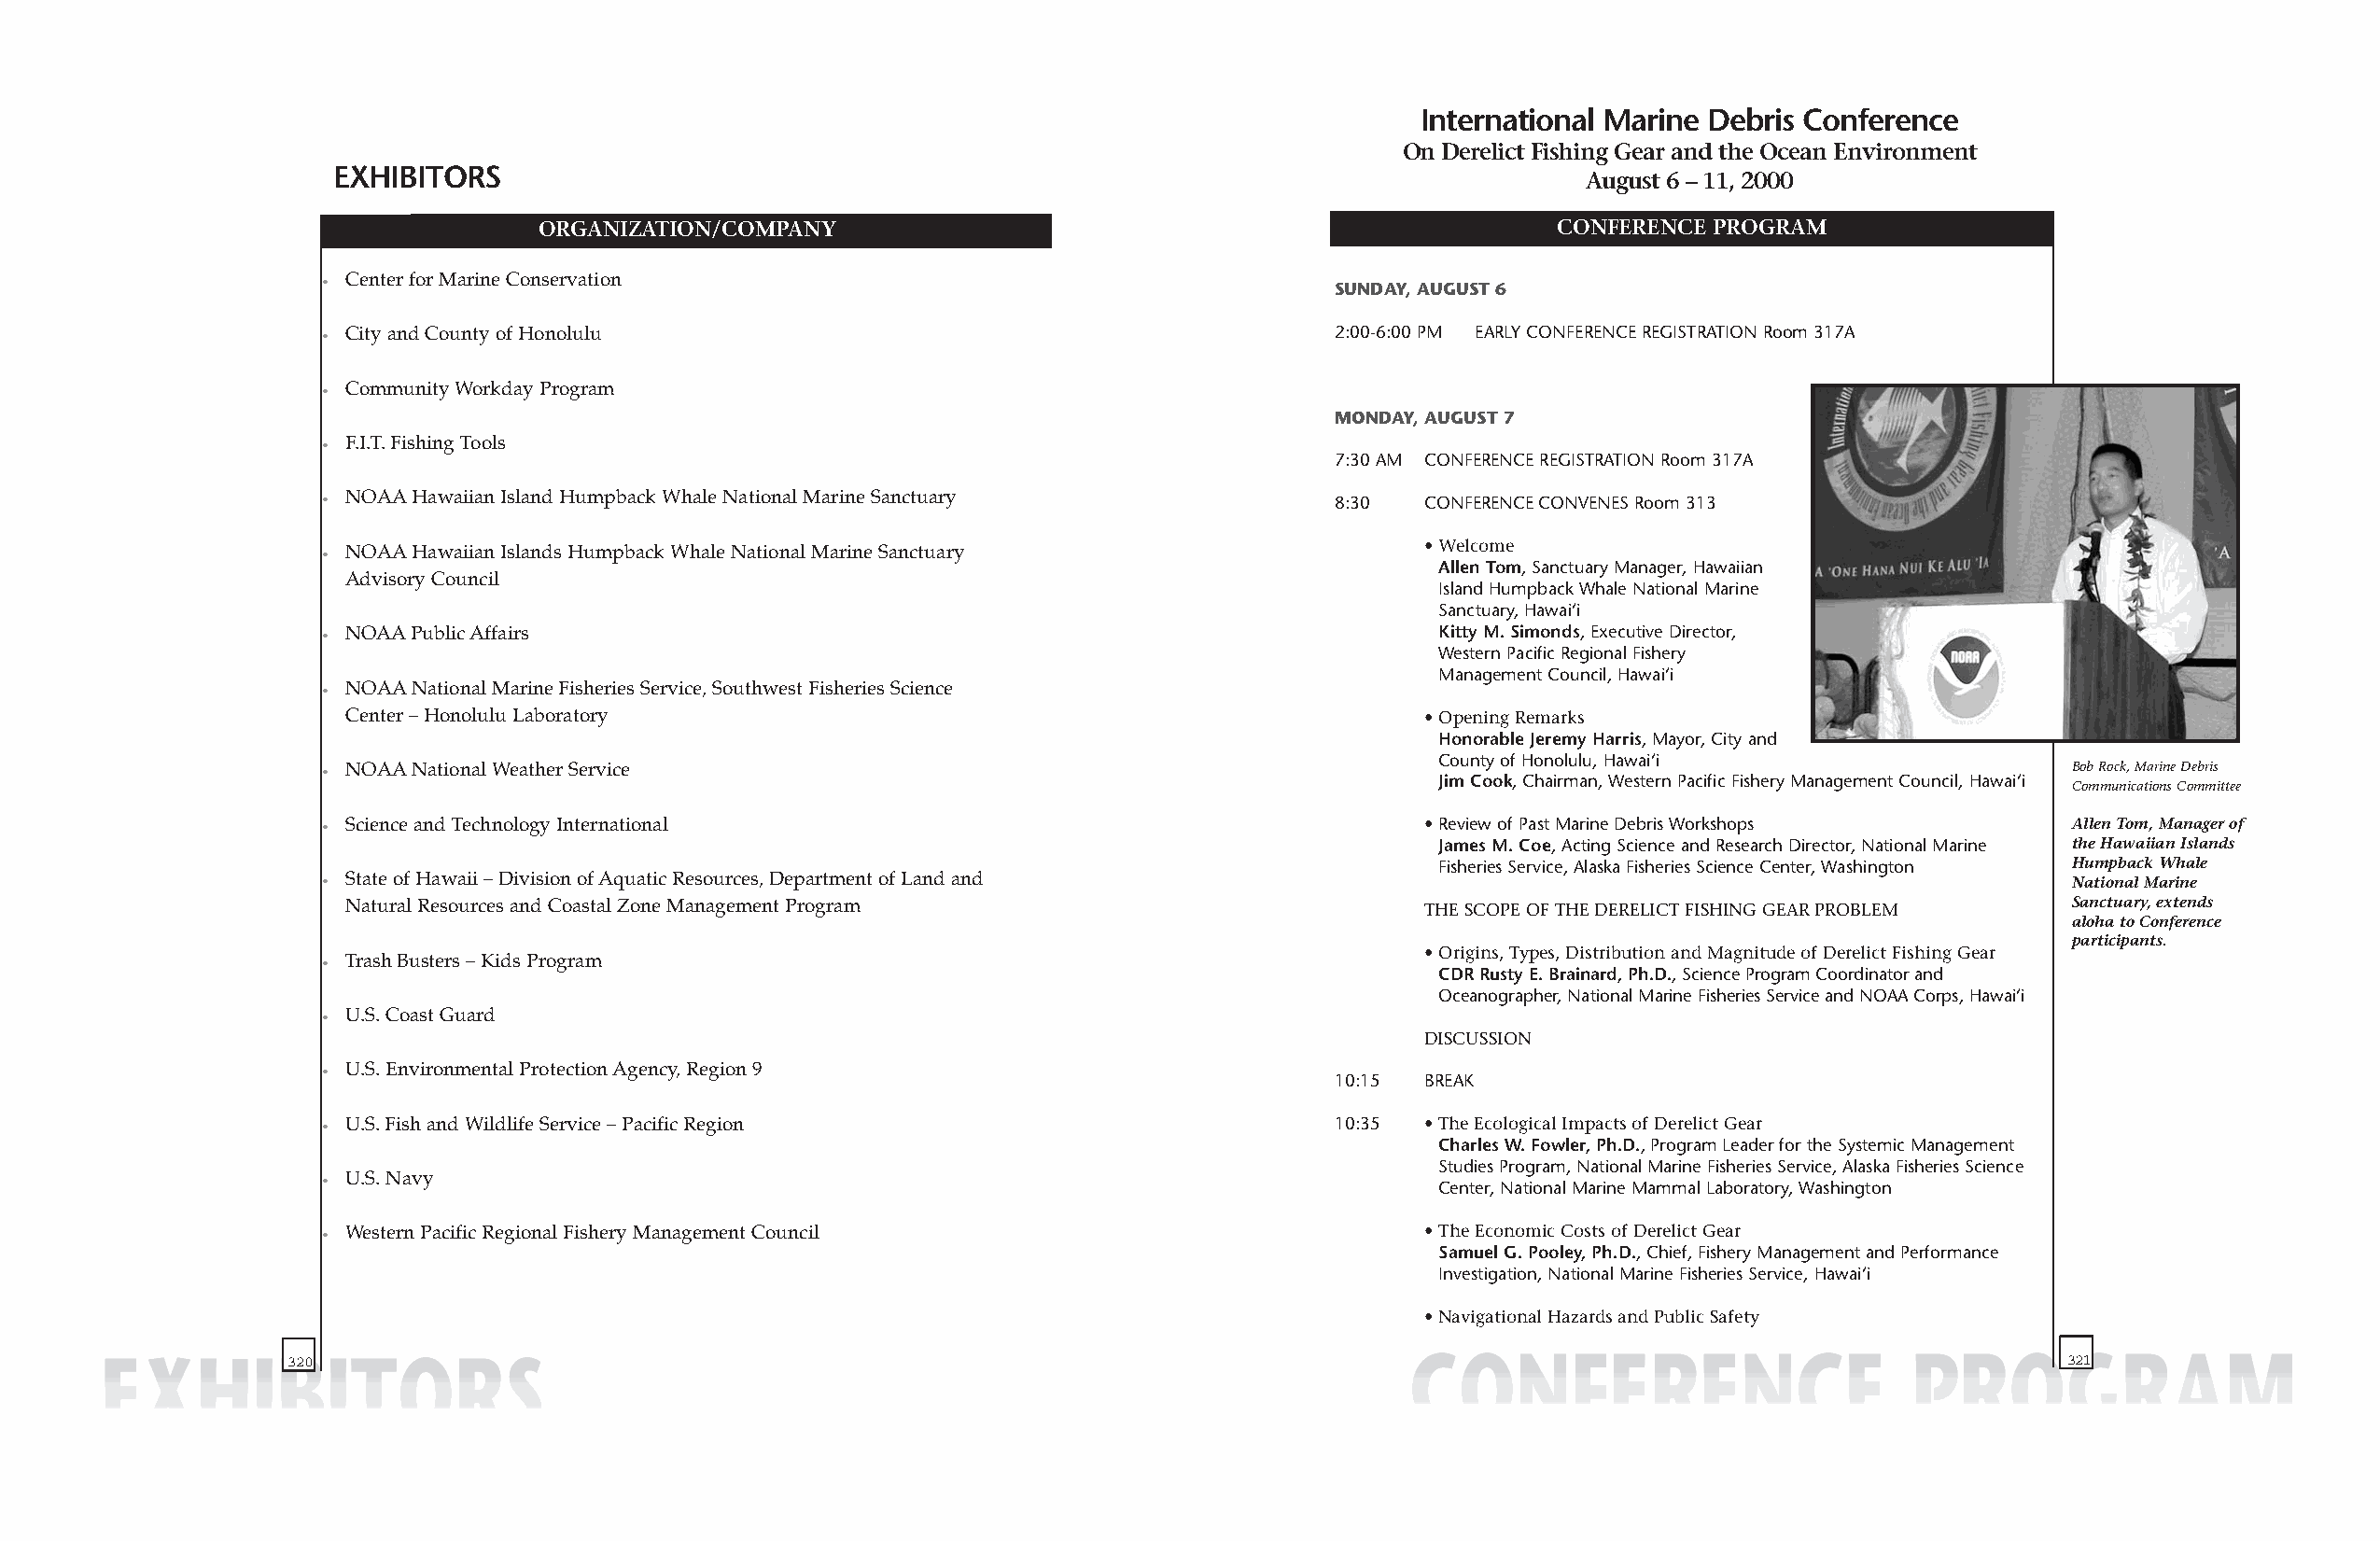
International Marine Debris Conference
 On Derelict Fishing Gear and the Ocean Environment
 EXHIBITORS
 August 6 – 11, 2000
 ORGANIZATION/COMPANY                                                    CONFERENCE  PROGRAM
 • Center for Marine Conservation
 SUNDAY, AUGUST 6
 • City and County of Honolulu                                           2:00-6:00 PM EARLY CONFERENCE REGISTRATION Room 317A
 • Community Workday Program
 MONDAY, AUGUST 7
 • F.I.T. Fishing Tools
 7:30 AM CONFERENCE REGISTRATION Room 317A
 • NOAAHawaiian Island Humpback Whale National Marine Sanctuary          8:30  CONFERENCE CONVENES Room 313
 • NOAAHawaiian Islands Humpback Whale National Marine Sanctuary               • Welcome
 Allen Tom, Sanctuary Manager, Hawaiian
 Advisory Council
 Island Humpback Whale National Marine
 Sanctuary, Hawai‘i
 • NOAAPublic Affairs                                                           Kitty M. Simonds, Executive Director,
 Western Pacific Regional Fishery
 Management Council, Hawai‘i
 • NOAANational Marine Fisheries Service, Southwest Fisheries Science
 Center – Honolulu Laboratory                                                • Opening Remarks
 Honorable Jeremy Harris, Mayor, City and
 County of Honolulu, Hawai‘i
 • NOAANational Weather Service                                                                                              Bob Rock, Marine Debris
 Jim Cook, Chairman, Western Pacific Fishery Management Council, Hawai‘i
 Communications Committee
 • Science and Technology International                                        • Review of Past Marine Debris Workshops      Allen Tom, Manager of
 James M. Coe, Acting Science and Research Director, National Marine the Hawaiian Islands
 Fisheries Service, Alaska Fisheries Science Center, Washington Humpback Whale
 • State of Hawaii – Division of Aquatic Resources, Department of Land and                                                   National Marine
 Natural Resources and Coastal Zone Management Program                       THE SCOPE OF THE DERELICT FISHING GEAR PROBLEM Sanctuary, extends
 aloha to Conference
 participants.
 • Origins, Types, Distribution and Magnitude of Derelict Fishing Gear
 • Trash Busters – Kids Program
 CDR Rusty E. Brainard, Ph.D., Science Program Coordinator and
 Oceanographer, National Marine Fisheries Service and NOAA Corps, Hawai‘i
 • U.S. Coast Guard
 DISCUSSION
 • U.S. Environmental Protection Agency, Region 9
 10:15 BREAK
 • U.S. Fish and Wildlife Service – Pacific Region                       10:35 • The Ecological Impacts of Derelict Gear
 Charles W. Fowler, Ph.D., Program Leader for the Systemic Management
 Studies Program, National Marine Fisheries Service, Alaska Fisheries Science
 • U.S. Navy
 Center, National Marine Mammal Laboratory, Washington
 • Western Pacific Regional Fishery Management Council                         • The Economic Costs of Derelict Gear
 Samuel G. Pooley, Ph.D., Chief, Fishery Management and Performance
 Investigation, National Marine Fisheries Service, Hawai‘i
 • Navigational Hazards and Public Safety
 320                                                                                                                            321